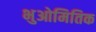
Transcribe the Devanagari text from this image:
भुओमितिक